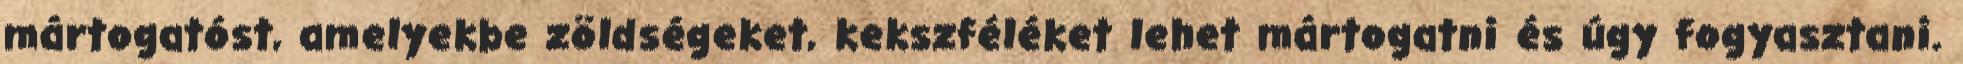
mártogatóst, amelyekbe zöldségeket, kekszféléket lehet mártogatni és úgy fogyasztani.